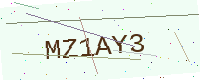
Text: MZ1AY3